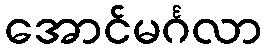
အောင်မင်္ဂလာ